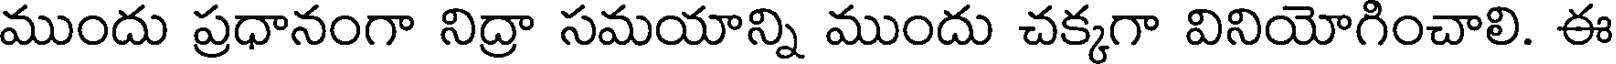
ముందు ప్రధానంగా నిద్రా సమయాన్ని ముందు చక్కగా వినియోగించాలి. ఈ